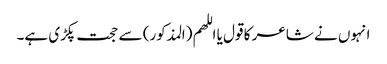
انہوں نے شاعر کا قول یا اللھم (المذکور) سے حجت پکڑی ہے۔